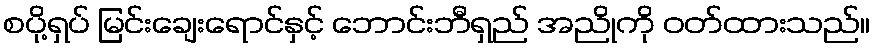
စပို့ရှပ် မြင်းချေးရောင်နှင့် ဘောင်းဘီရှည် အညိုကို ဝတ်ထားသည်။